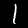
Label: 1